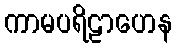
ကာမပရိဠာဟေန